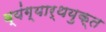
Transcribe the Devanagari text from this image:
व्यंग्यार्थयुक्त